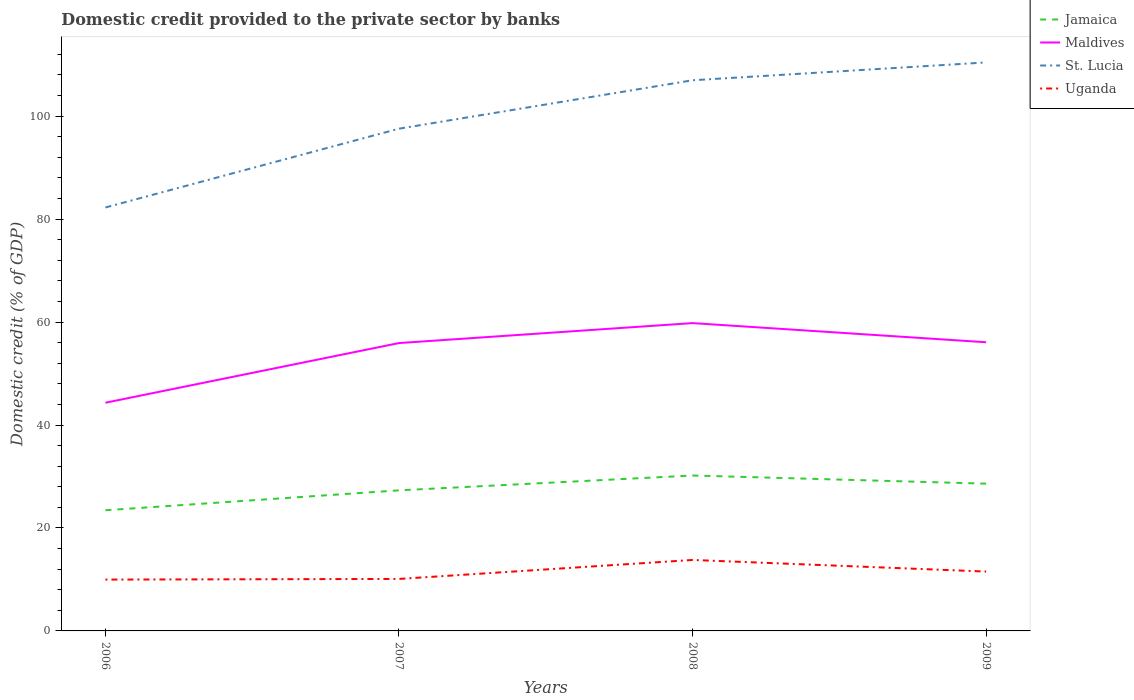
| Years | Jamaica | Maldives | St. Lucia | Uganda |
 | --- | --- | --- | --- | --- |
 | 2006 | 23.4 | 44.3 | 82.3 | 9.97 |
 | 2007 | 27.3 | 55.9 | 97.6 | 10.1 |
 | 2008 | 30.2 | 59.8 | 107 | 13.8 |
 | 2009 | 28.6 | 56.1 | 110 | 11.5 |